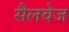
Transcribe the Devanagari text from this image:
सैलवेज